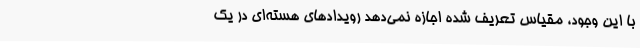
با این وجود، مقیاس تعریف شده اجازه نمی‌دهد رویداد‌های هسته‌ای در یک